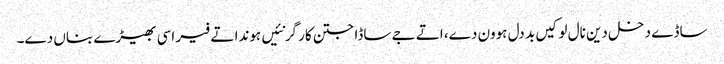
ساڈے دخل دین نال لوکیں بد دل ہوون دے، اتے جے ساڈا جتن کار گر نئیں ہوندا تے فیر اسی بھیڑے بناں دے۔